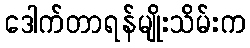
ဒေါက်တာရန်မျိုးသိမ်းက